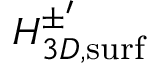
H _ { 3 D , \mathrm { s u r f } } ^ { \pm ^ { \prime } }